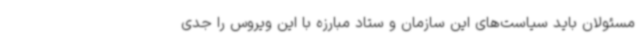
مسئولان باید سیاست‌های این سازمان و ستاد مبارزه با این ویروس را جدی